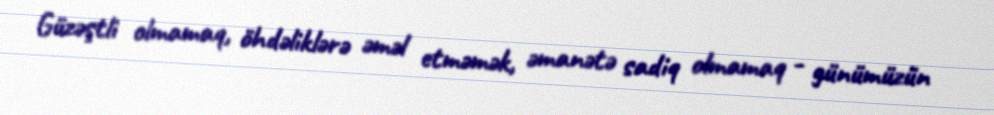
Güzəştli olmamaq, öhdəliklərə əməl etməmək, əmanətə sadiq olmamaq - günümüzün